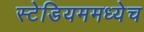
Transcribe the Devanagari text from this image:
स्टेडियममध्येच